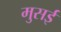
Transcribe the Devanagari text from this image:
मुसई